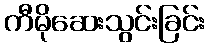
ကီမိုဆေးသွင်းခြင်း